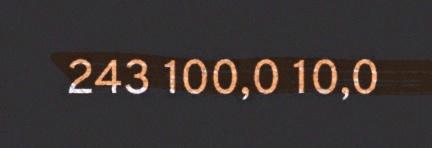
243 100,0 10,0